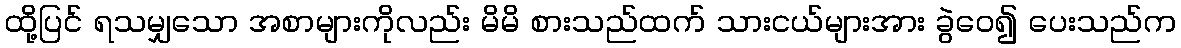
ထို့ပြင် ရသမျှသော အစာများကိုလည်း မိမိ စားသည်ထက် သားငယ်များအား ခွဲဝေ၍ ပေးသည်က